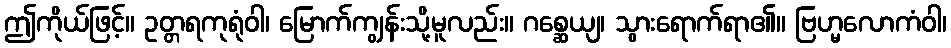
ဤကိုယ်ဖြင့်။ ဥတ္တရကုရုံဝါ၊ မြောက်ကျွန်းသို့မူလည်း။ ဂစ္ဆေယျ၊ သွားရောက်ရာ၏။ ဗြဟ္မလောကံဝါ၊